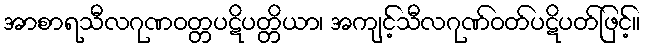
အာစာရသီလဂုဏဝတ္တပဋိပတ္တိယာ၊ အကျင့်သီလဂုဏ်ဝတ်ပဋိပတ်ဖြင့်။